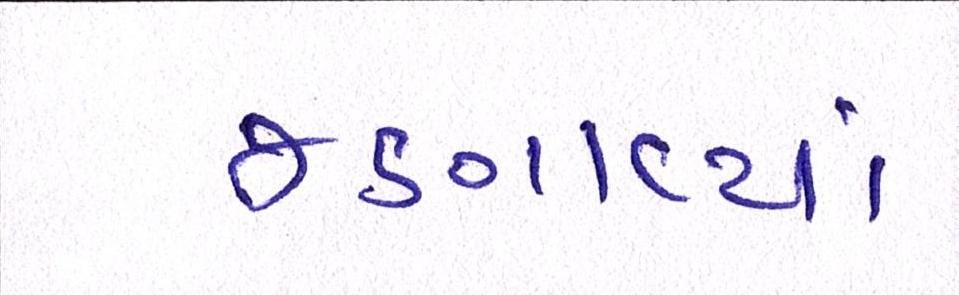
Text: જણાવ્યાં